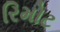
રિમોટ